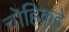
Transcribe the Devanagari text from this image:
चोहिकडे